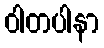
ဝါတပါနာ